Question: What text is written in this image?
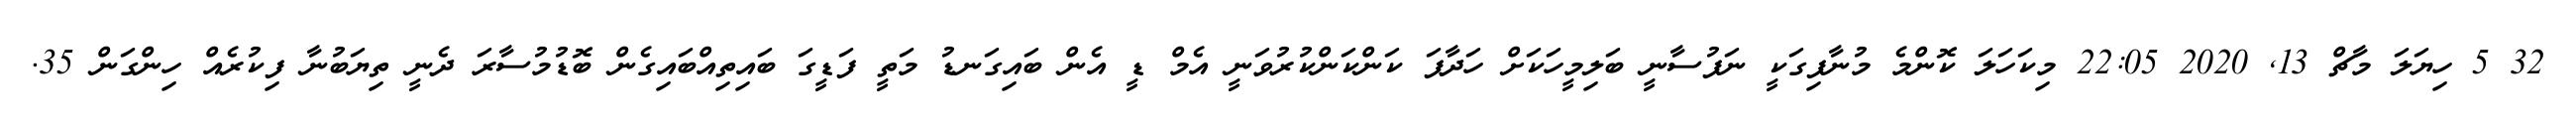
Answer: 32 5 ހިޔަލަ މާޗް 13, 2020 22:05 މިކަހަލަ ކޮންމެ މުނާފިގަކީ ނަފުސާނީ ބަލިމީހަކަށް ހަދާފަ ކަންކަންކުރުވަނީ އެމް ޑީ އެން ބައިގަނޑު މަތީ ފަޑީގަ ބައިތިއްބައިގެން ބޮޑުމުސާރަ ދެނީ ތިޔަބުނާ ފިކުރެއް ހިންގަން 35.